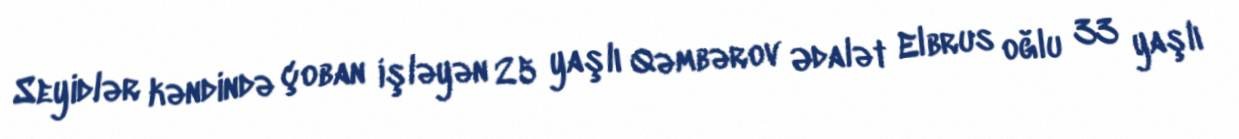
Seyidlər kəndində çoban işləyən 25 yaşlı Qəmbərov Ədalət Elbrus oğlu 33 yaşlı